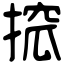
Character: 搲